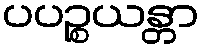
ပပဉ္စယန္တာ